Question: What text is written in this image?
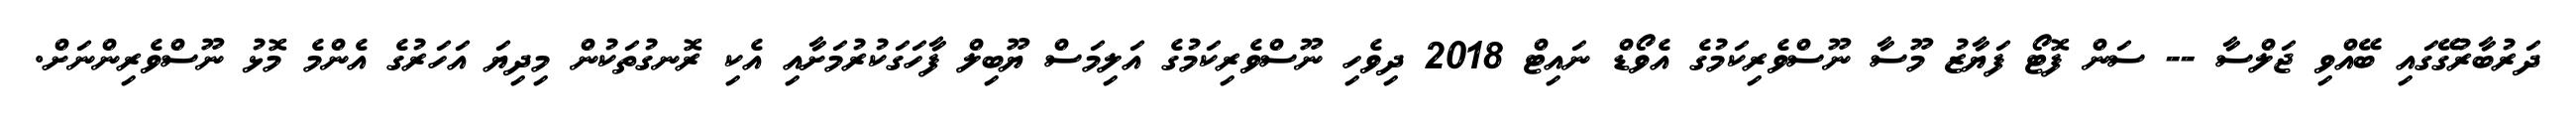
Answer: ދަރުބާރުގޭގައި ބޭއްވި ޖަލްސާ -- ސަން ފޮޓޯ ފަޔާޒު މޫސާ ނޫސްވެރިކަމުގެ އެވޯޑް ނައިޓް 2018 ދިވެހި ނޫސްވެރިކަމުގެ އަލިމަސް ޔޫބިލް ފާހަގަކުރުމަށާއި އެކި ރޮނގުތަކުން މިދިޔަ އަހަރުގެ އެންމެ މޮޅު ނޫސްވެރިންނަށް.